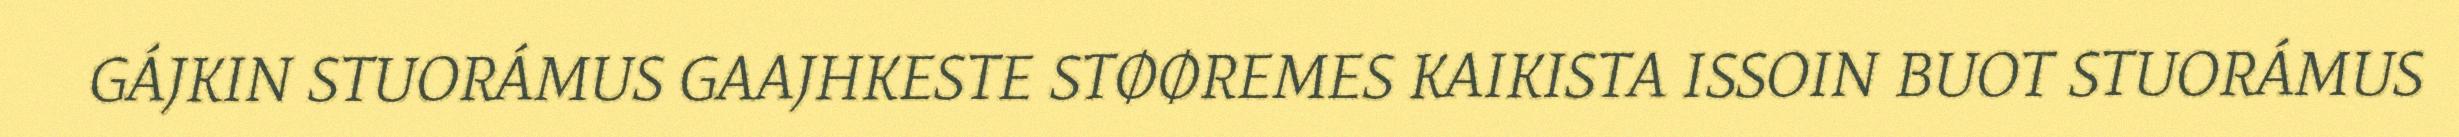
GÁJKIN STUORÁMUS GAAJHKESTE STØØREMES KAIKISTA ISSOIN BUOT STUORÁMUS